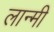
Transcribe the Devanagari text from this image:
लान्मी